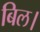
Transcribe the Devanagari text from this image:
बिल।